Vital statistics of India. Vol. IV, Annual returns from 1871 to 1876. British Army of India, Native Army and jails of Bengal
Year: 1871
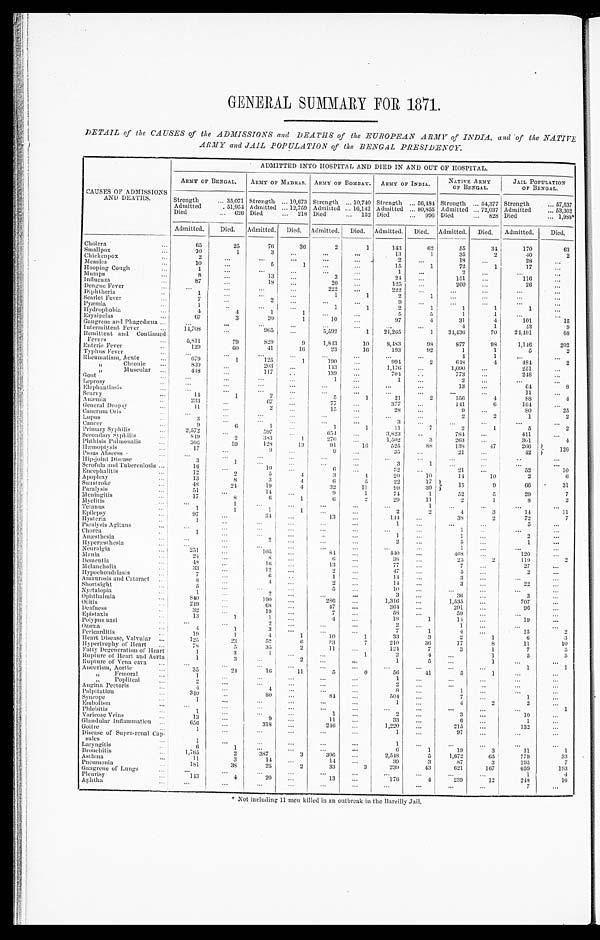
GENERAL SUMMARY FOR 1871.
DETAIL of the CAUSES of the ADMISSIONS and DEATHS of the EUROPEAN ARMY of INDIA, and of the NATIVE
ARMY and JAIL POPULATION of the BENGAL PRESIDENCY.
CAUSES OF ADMISSIONS AND DEATHS.
ADMITTED INTO HOSPITAL AND DIED IN AND OUT OF HOSPITAL.
ARMY OF BENGAL.
ARMY OF MADRAS. ARMY OF BOMBAY. ARMY OF INDIA.
NATIVE ARMY
OF BENGAL.
JAIL POPULATION
OF BENGAL.
Strength
... 35,071 Strength ... 10,673 Strength
. . . 10, 740
S t r e n g t h
... 56,484 Strength ... 54,377 Strength
... 57,537
Admitted
. 51,954 Admitted ... 12,759 Admitted ... 16,142 Admitted ... 80,855 Admitted ... 72,037 Admitted
... 53,302
Died
...
6 2 6 Died
... 218 Died
... 152 Died
... 996 Died
... 828 Died
... ‫٭889,1‬
Admitted.
Died.
Admitted. Died. Admitted. Died. Admitted.
D i e d . Admitted. Died.
Admitted.
Died.
Cholera
...
6 5
2 5
7 6
3 6
2
1
143
6 2
55
34
170
63
Smallpox
...
1 0
1
3
...
...
. . .
1 3
1
35
2
4 0
2
Chickenpox
...
2
. . .
. . .
. . .
. . .
. . .
2
...
1 8
. . .
2 8
. . .
Measles
. . .
1 0
. . .
5
1
. . .
. . .
1 5
1
72
1
17
...
Hooping Cough
. . .
1
. . .
. . .
. . .
. . .
. . .
1
. . .
2
. . .
. . .
...
Mumps
. . .
8
...
13
. . .
3
. . .
2 4
...
151
...
116
...
Influenza
...
87
. . .
1 8
. . .
2 0
. . .
125
. . .
260
. . .
26
. . .
Dengue Fever
. . .
. . .
. . .
. . .
. . .
222
...
222
. . .
. . .
. . .
. . .
. . .
Diphtheria
. .
1
. . .
. . .
. . .
1
1
2
1
. . .
. . .
. . .
...
Scarlet Fever
. . .
7
. . .
2 ...
. . .
. . .
9
. . .
. . .
. . .
. . .
. . .
Pyæmia
. . .
1
. .
. . .
. . .
1
1
2
1
1
1
1
. . .
Hydrophobia
. . .
4
4
1
1
. . .
. . .
5
5
1
1
. . .
. . .
Erysipelas
. . .
6 7
3
2 0
1
1 0
. . .
97
4
3 1
4
1 0 1
1 5
Gangrene and Phagedæna . . .
. . .
. . .
. . .
. . .
. . .
. . .
. . .
. . .
4
1
4 3
9
Intermittent Fever
. . .
14,708
. . .
9 6 5
. . .
5 , 5 9 2
1
2 1 , 2 6 5
1
3 4 , 4 3 6
70
2 4 , 4 9 1
68
Remittent and Continued
Fevers
...
5,811
79
829
9
1 , 8 4 3
10
8,483
98
877
9 8
1,146
202
Enteric Fever
. . .
129
60
4 1
16
23
1 6
193
92
1
1
5
2
Typhus Fever
. . .
. . .
. . .
. . .
. . .
. . .
. . .
. . .
. . .
4
1
. . .
. . .
Rheumatism, Acute
. . .
6 7 9
1
125
1
190
. . .
9 9 4
2
6 4 8
4
4 8 4
2
,,
Chronic
...
830
. . .
2 0 3
. . .
143
. . .
1,176
. . .
1,090
...
251
...
, , M u s c u l a r
. . .
4 1 8
. . .
117
..
139
. . .
7 0 4
. .
773
...
2 4 8
. . .
Gout
. . .
. . .
. . .
. . .
...
1
...
1
. . .
2
. . .
. . .
. . .
Leprosy
. . .
. . .
. . .
. . .
. . .
. . .
. . .
. . .
. . .
1 3
. . .
6 4
8
Elephantiasis
. . .
. . .
. . .
. . .
. . .
. . .
. . .
. . .
. . .
. . .
. . .
11
. . .
Scurvy
...
14
1
2 ..
5
1
2 1
2
1 5 6
4
88
4
Anæmia
. . .
2 3 3
. . .
6 7
. . .
77
. . .
377
...
1 4 1
6
164
. . .
General Dropsy
...
11
. . .
2
. . .
1 5
. . .
28
...
9
...
80
25
Canerum Oris
. . .
. . .
. . .
. . .
. . .
. . .
. . .
. . .
. . .
2
2
1
2
Lupus
. . .
3
. . .
. . .
. . .
. . .
. . .
3
. . .
. . .
. . .
. . .
. . .
Cancer
...
9
6
1 ...
1
1
11
7
2
1
5
2
Primary Syphilis
...
2,572
. . .
5 9 7 ...
6 5 4
. . .
3,823
. .
784
...
411
. . .
Secondary Syphilis
. . .
8 4 9
2
3 8 3
1
2 7 0
. . .
1,502
3
263
. . .
301
4
Phthisis Pulmonalis
...
3 0 6
59
1 2 8
1 3
9 1
1 6
525
8 8
138
47
266
1 2 6
Hæmoptysis
. . .
17
. . .
9
. . .
9
. . .
35
. . .
2 1
. . .
4 2
Psoas Abscess
. . .
. . .
. . .
. . .
. . .
. . .
. . .
. . .
. . .
. . .
. . .
. .
. . .
Hip-joint Disease
. . .
3
1
. . .
. . .
. . .
. . .
3
1
. . .
. . .
. . .
. . .
S c r o f u l a a n d T u b e r c u l o s i s
. . .
16
. . .
10 ...
6
. . .
3 2
. . .
2 1
. . .
52
10
Encephalitis
...
12
2
5
4
3
4
20
10
14
10
2
6
Apoplexy
...
13
8
3
4
6
5
2 2
1 7
1 5
9
6 6
3 1
Sunstroke
...
48
24
1 9
4
32
1 1
9 9
3 9
Paralysis
...
51
. . .
14
. . .
9
1
74
1
52
5
2 9
7
Meningitis
. . .
1 7
8
6
1
6
2
2 9
11
2
1
8
2
Myelitis
. . .
. . .
1
. . .
. . .
. . .
. . .
. . .
1
. . .
. . .
. . .
. . .
Tetanus
. . .
1
1
1
1
. . .
. . .
2
2
4
3
1 4
1 1
Epilepsy
. . .
9 7
. . .
3 4
. . .
13
...
144
...
3 8
2
72
7
Hysteria
. . .
1
. .
. . .
...
. . .
. . .
1
. . .
. . .
. . .
5
. . .
Paralysis Agitans
. . .
. . .
. . .
. . .
. . .
. . .
. . .
. . .
. . .
1
. .
. . .
...
Chorea
. .
1
. . .
. . .
. . .
. . .
. . .
1
. . .
1
. . .
2
. . .
Anæsthesia
. . .
. . .
. . .
2
. . .
. . .
. . .
2
. . .
5
. . .
1
. . .
Hyperæsthesia
. . .
. . .
. . .
. . .
. . .
. . .
. . .
. . .
. . .
1
. . .
. . .
...
Ne ur a l gi a
. . .
2 5 1
. . .
1 0 5
. . .
8 4
. . .
4 4 0
. . .
468
. . .
1 2 0
...
Mania
. . .
24
. . .
8
. . .
6
. . .
3 8
. . .
2 5
2
119
2
Dementia
. . .
48
. . .
1 6...
13
. . .
7 7
. . .
7
. . .
27
. . .
Melancholia
. . .
33
. . .
12 ...
2
. . .
47
. . .
5
. . .
2
. . .
Hypochondriasis
. . .
7
. . .
6
. .
1
. . .
1 4
. . .
3
. . .
. . .
...
Amaurosis and Cataract ..
8
. . .
4
. . .
2
. . .
14
. . .
3
...
22
...
Shortsight
...
5
. . .
. . .
. . .
5
. . .
1 0
. . .
. . .
. . .
. . .
. . .
Nyctalopia
. . .
1
. . .
2
...
. . .
. . .
3
. . .
3 6
...
3
...
Ophthalmia
. . .
840
. . .
1 9 0
. . .
2 8 6
. . .
1,316
. . .
1,535
. . .
707
...
Otitis
. . .
2 4 9
. . .
6 8 ...
47
. . .
364
...
291
. . .
9 6
...
Deafness
. .
32
. . .
1 9...
7
. . .
5 8
. . .
5 9
. . .
. . .
. . .
Epistaxis
. . .
1 3
1
1
. . .
4
. . .
1 8
1
14
. . .
1 9
. . .
Polypus nasi
. . .
. . .
. . .
2
. . .
. . .
. . .
2
. . .
1
. . .
. . .
...
Ozœna
. . .
4
1
3
. . .
. . .
. . .
7
1
4
. . .
1 5
2
Pericarditis
. . .
1 9
1
4
1
1 0
1
33
3
2
1
6
3
Heart Disease, Valvular ...
1 2 5
2 3
52
6
3 3
7
210
36
17
8
11
10
Hypertrophy of Heart
...
7 8
5
35
2
11
...
124
7
3
1
7
5
Fatty Degeneration of Heart
1
3
1
. . .
. . .
1
2
4
...
1
5
5
Rupture of Heart and Aorta
1
3
...
2
. . .
. . .
1
5
. . .
1
...
. . .
Rupture of Vena cava
...
. . .
. . .
. . .
. . .
. . .
. . .
. . .
. . .
. . .
. . .
1
1
Ancurism, Aortic
. . .
3 5
2 4
16
11
5
6
5 6
4 1
5
1
. . .
. . .
,,
Femoral
. . .
1
. . .
. . .
. . .
. . .
. . .
1
. . .
. . .
. . .
. . .
...
, , P o p l i t c a l
. . .
2
. . .
. . .
...
. . .
. . .
2
. . .
. . .
. . .
. . .
...
Angina Pectoris
. . .
4
. . .
4 ...
. . .
. . .
8
. . .
1
. . .
. . .
...
Palpitation
. . .
340
. . .
80 ...
84
. . .
5 0 4
. . .
7
. . .
1
...
Syncope
. . .
1
. . .
. . .
...
. . .
. . .
1
. . .
4
2
2
...
Embolism
. . .
. . .
. . .
. . .
. . .
. . .
. . .
. . .
. . .
. . .
. . .
. . .
1
Phlebitis
. . .
1
. . .
. . .
. . .
1
. . .
2
. . .
3
. . .
1 0
. . .
Varicose Veins
...
13
. . .
9 ...
11
. . .
33
. . .
6
. . .
1
...
Glandular Inflammation
. . .
6 5 6
. . .
318
. . .
2 4 6
. . .
1,220
. . .
2 1 5
. . .
1 3 2
. . .
Goitre
. . .
1
. . .
. . .
. . .
. . .
. . .
1
. . .
97
. . .
. . .
...
Disease of Supra-renal Capsules ... 1
. . .
. . . ...
. . .
. . .
1
. . .
. . .
. . .
. . .
. . .
Laryngitis
. . .
6
1
. . .
. . .
. . .
. . .
6
1
19
3
11
1
Bronchitis
. . .
1,765
2
387
3
3 9 6
. . .
2,548
5
1,672
65
779
33
Asthma
. . .
11
3
14
. . .
1 4
. . .
3 9
3
87
3
195
7
Pneumonia
. . .
181
3 8
25
2
33
3
239
43
621
1 6 7
659
193
Gangrene of Lungs
. . .
. . .
. . .
. . .
. . .
. . .
. . .
. . .
. . .
. . .
. . .
1
4
Pleurisy
. . .
143
4
20 ...
13
. . .
176
4
239
12
2 4 8
1 6
Aphtha
. . .
. . .
. . .
. . . ...
. . .
. . .
. . .
. . .
. . .
. . .
7
. . .
‫٭‬ Not including 11 men killed in an outbreak in the Bareilly Jail.